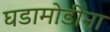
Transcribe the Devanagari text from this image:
घडामोडीना